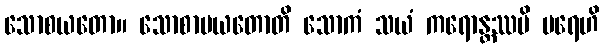
သောစယတော။ သောစာပယတောတိ သောကံ သယံ ကရောန္တဿပိ ပရေဟိ